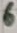
Text: 6